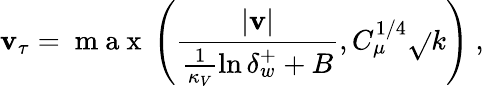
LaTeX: \mathbf{v}_{\tau}=\mathrm{{~m~a~x~}}\left(\frac{{|\mathbf{{\mathbf{v}}}|}}{{\frac{{1}}{{\kappa_{V}}}\ln{\delta_{w}^{+}}+B}},C_{\mu}^{1/4}\sqrt{}{{k}}\right)\mathrm{{~,~}}